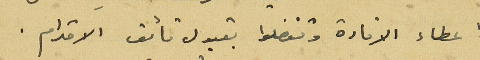
واعطاء الافادة وتفضلوا بقبول فائق الاحترام .